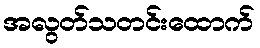
အလွတ်သတင်းထောက်